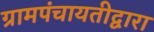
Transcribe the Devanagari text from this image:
ग्रामपंचायतीद्वारा